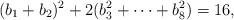
LaTeX: \begin{align*}(b_1+b_2)^2+2(b_3^2+\cdots+ b_8^2) = 16,\end{align*}